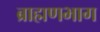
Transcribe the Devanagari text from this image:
ब्राह्मणभाग